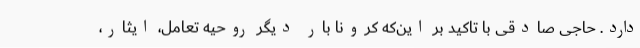
دارد. حاجی صادقی با تاکید بر این‌که کرونا بار دیگر روحیه تعامل، ایثار،